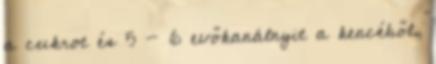
a cukrot és 5 - 6 evőkanálnyit a kencéből,